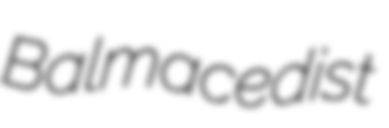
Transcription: Balmacedist